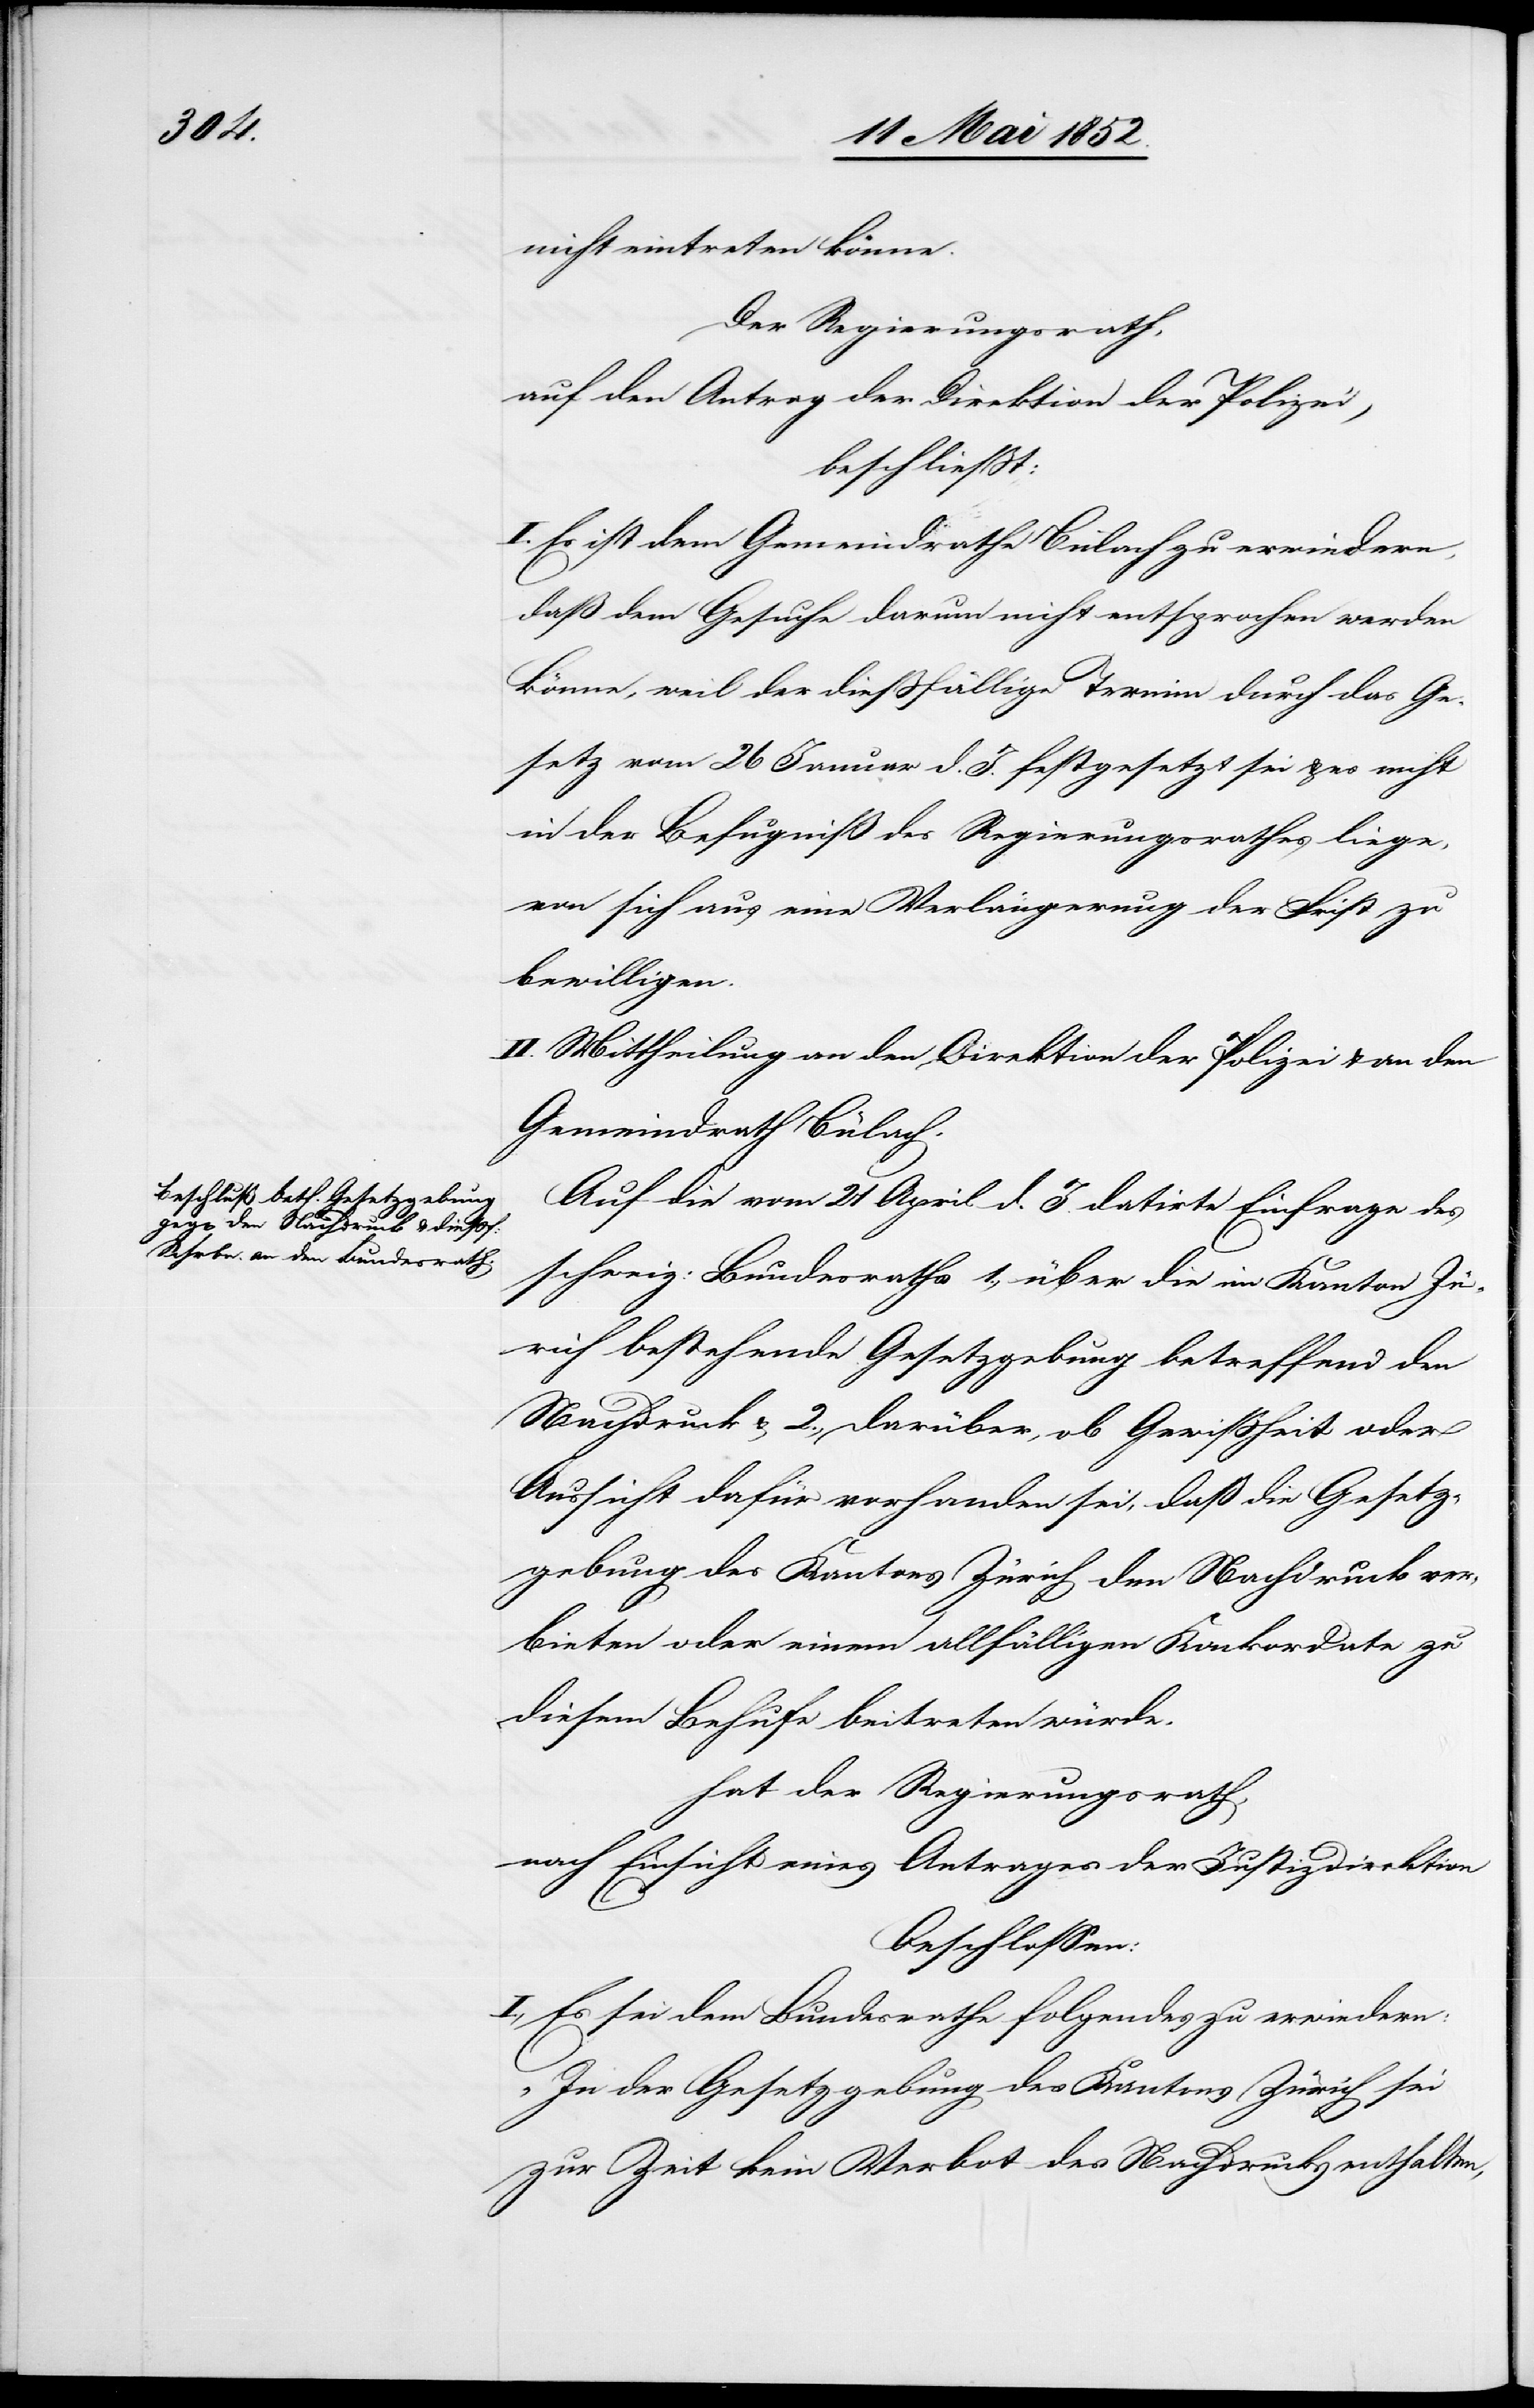
nicht eintreten könne.
Der Regierungsrath,
auf den Antrag der Direktion der Polizei,
beschliesst:
I. Es ist dem Gemeindrathe Bülach zu erwiedern,
daß dem Gesuche darum nicht entsprochen werden
könne, weil der diessfällige Termin durch das Ge¬
setz vom 26 Januar d. J. festgesetzt sei & es nicht
in der Befugniß des Regierungsrathes liege,
von sich aus eine Verlängerung der Frist zu
bewilligen.
II. Mittheilung an den [sic!] Direktion der Polizei & an den
Gemeindrath Bülach.
Auf die vom 21 April d. J. datirte Einfrage des
schweiz: Bundesraths 1., über die im Kanton Zü¬
rich bestehende Gesetzgebung betreffend den
Nachdruck & 2. darüber, ob Gewissheit oder
Aussicht dafür vorhanden sei, daß die Gesetz¬
gebung des Kantons Zürich den Nachdruck ver¬
bieten oder einem allfälligen Konkordate zu
diesem Behufe beitreten würde,
hat der Regierungsrath,
nach Einsicht eines Antrages der Justizdirektion
beschlossen:
I., Es sei dem Bundesrathe folgendes zu erwiedern:
„In der Gesetzgebung des Kantons Zürich sei
zur Zeit kein Verbot des Nachdrucks enthalten,